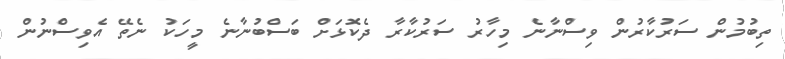
ތިބުމުން ސަރުކާރުން ވިސްނާނެ މިހާރު ސަރުކާރާ ދެކޮޅަށް ބަސްބުނާނެ މީހަކު ނެތޭ އެވިސްނުން